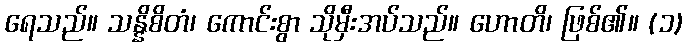
ရေသည်။ သန္နိစိတံ၊ ကောင်းစွာ သိုမှီးအပ်သည်။ ဟောတိ၊ ဖြစ်၏။ (၁)